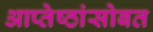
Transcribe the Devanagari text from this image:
आप्तेष्ठांसोबत